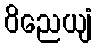
ဝိညေယျံ